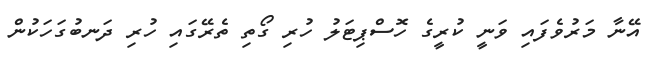
އޭނާ މަރުވެފައި ވަނީ ކުރީގެ ހޮސްޕިޓަލު ހުރި ގޯތި ތެރޭގައި ހުރި ދަނބުގަހަކުން